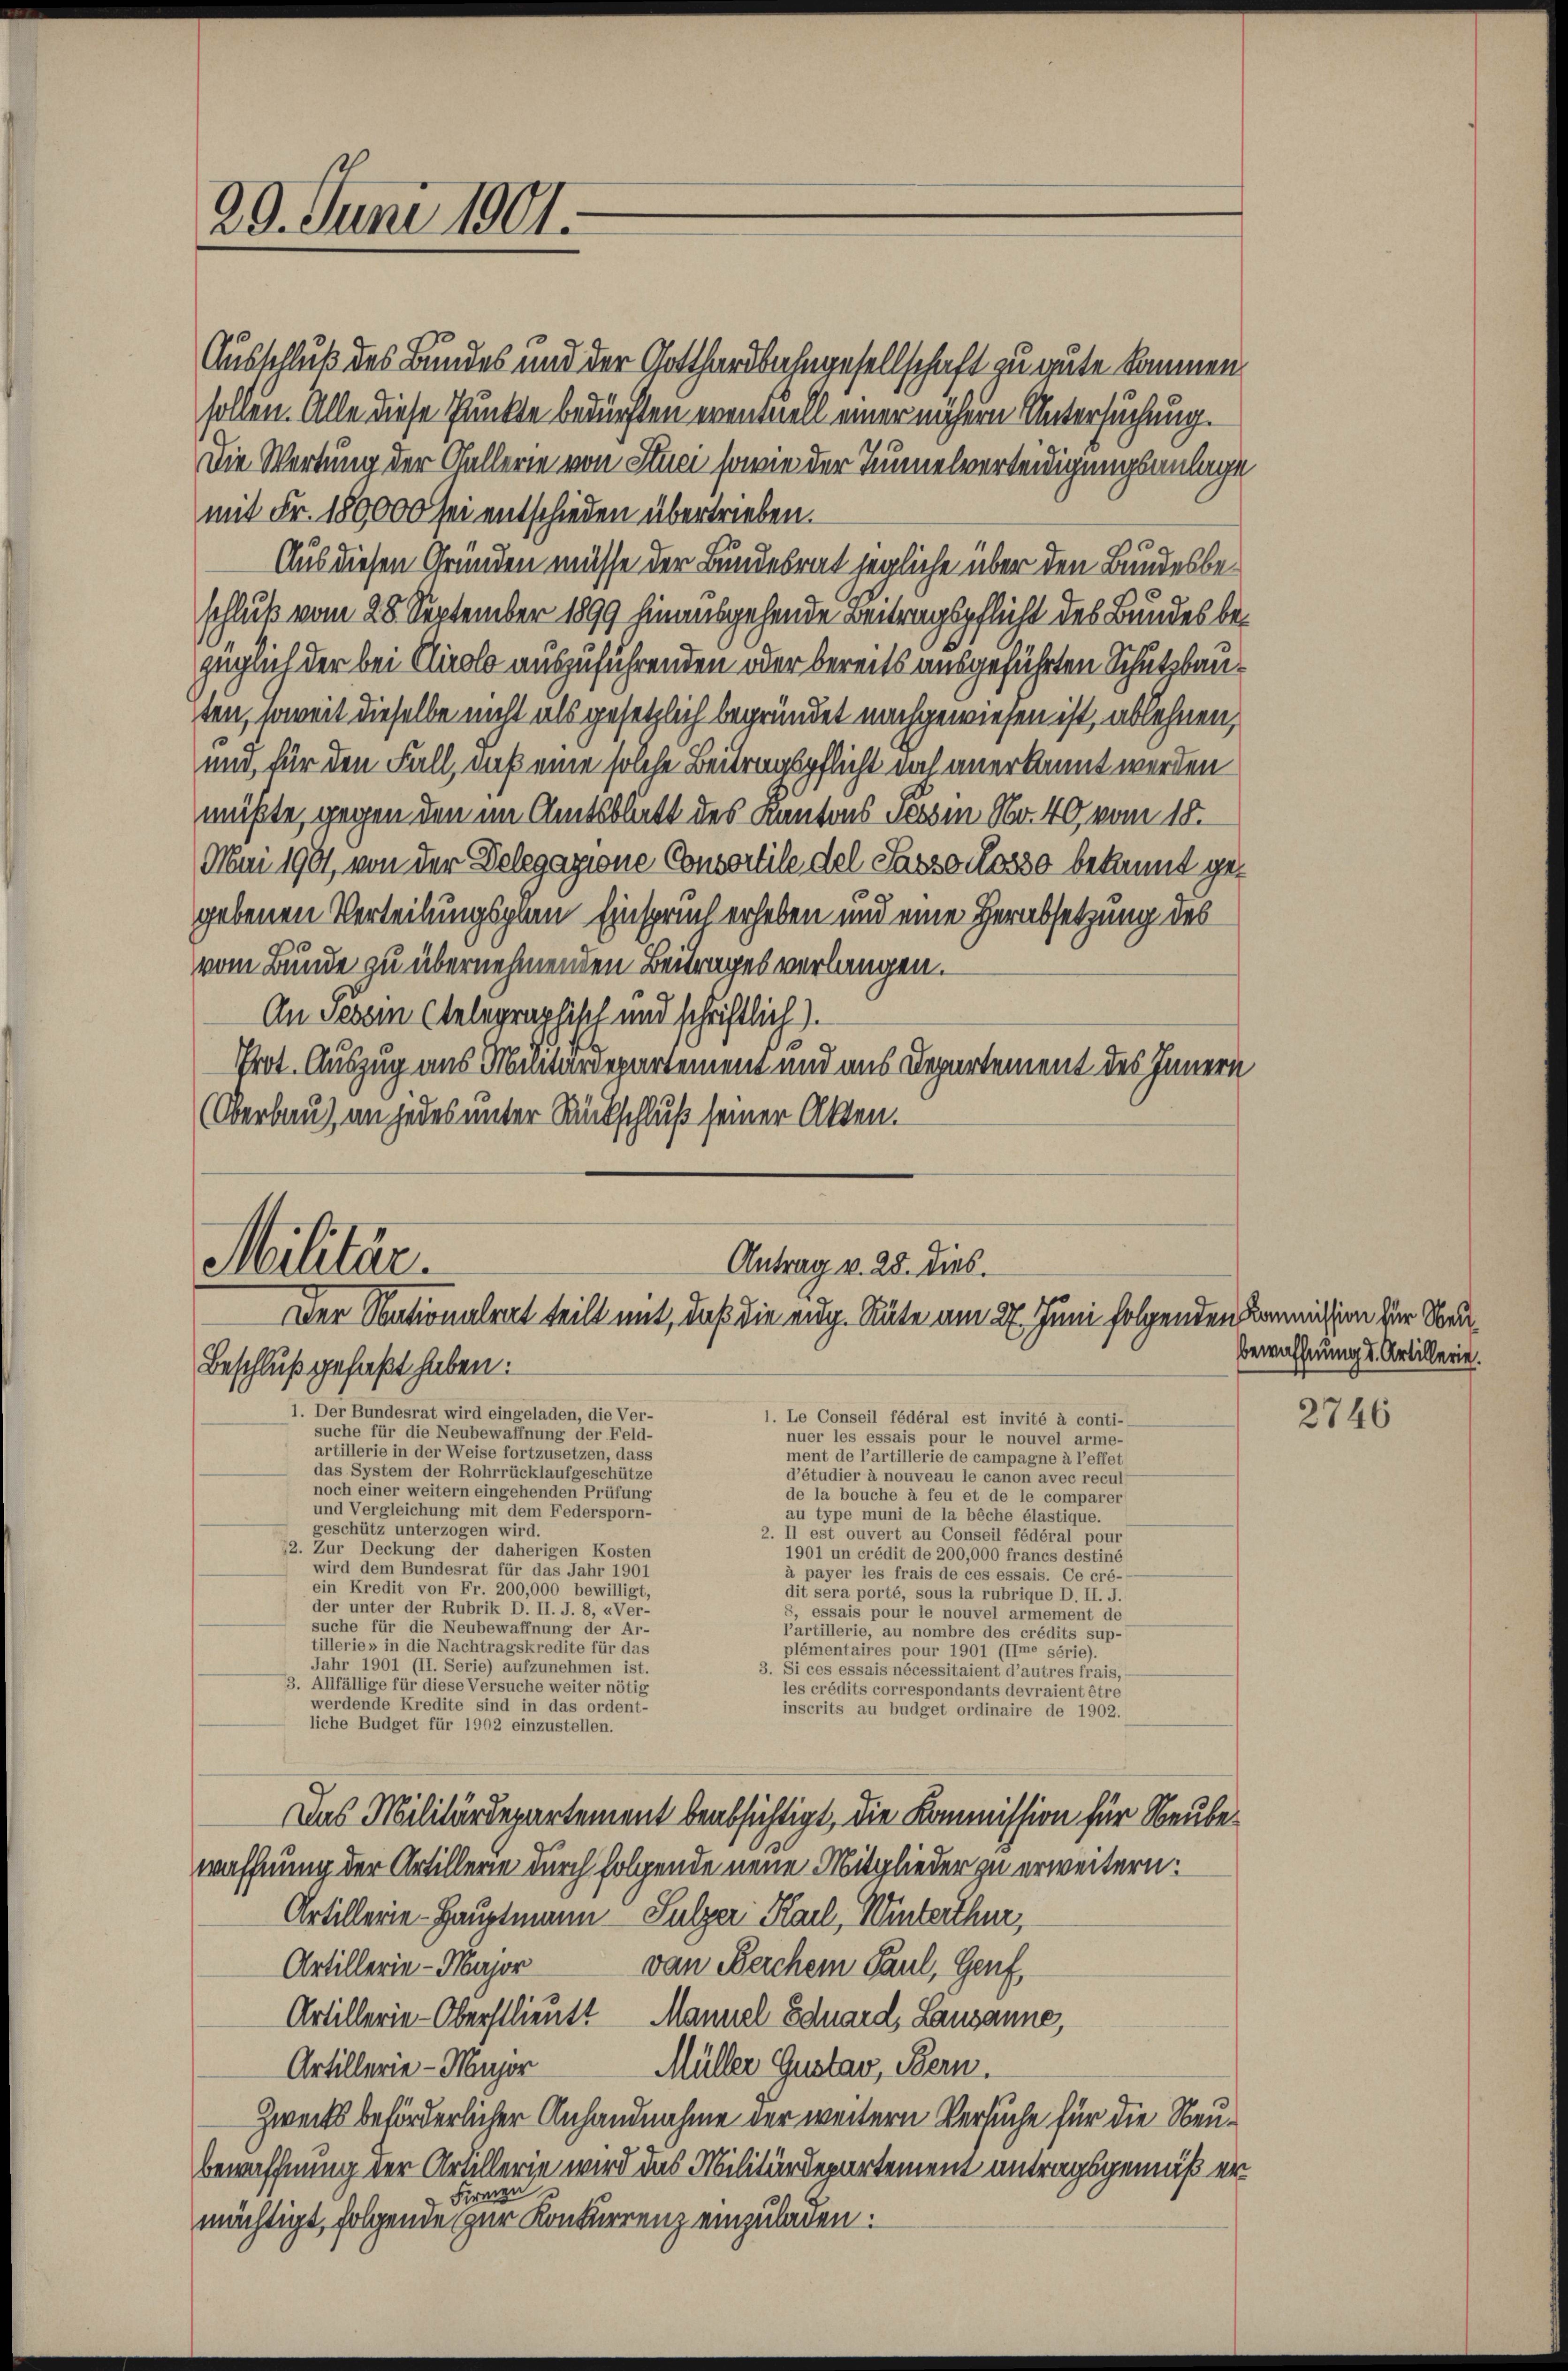
29. Juni 1901.

Ausschluß des Bundes und der Gotthardbahngesellschaft zu gute kommen
sollen. Alle diese Punkte bedürften eventuell einer nähern Untersuchung.
Die Wertung der Gallerie von Stuci sowie der Tunnelverteidigungsanlage
mit Fr. 180000 sei entschieden übertrieben.
Aus diesen Gründen müsse der Bundesrat jegliche über den Bundesbeschluß vom 28. September 1899 hinausgehende Beitragspflicht des Bundes bezüglich der bei Clirolo auszuführenden oder bereits ausgeführten Schutzbauten, soweit dieselbe nicht als gesetzlich begründet nachgewiesen ist, ablehnen,
und, für den Fall, daß eine solche Beitragspflicht doch anerkannt werden
müßte, gegen den im Amtsblatt des Kantons Tessin Nr. 40 vom 18.
Mai 1901, von der Delegazione Consortile del Sasso cosso bekannt gegebenen Verteilungsplan Einspruch erheben und eine Herabsetzung des
vom Bunde zu übernehmenden Beitrages verlangen.
An Tessin (telegraphisch und schriftlich).
Prot. Auszug aus Militärdepartement und aus Departement des Innern
(Oberbau), an jedes unter Rückschluß seiner Akten.

Militär.
Antrag v. 28. dies
Der Stationalrat teilt mit, daß die eidg. Räte am 27. Juni folgenden Kommission zur Nord¬
Beschluß gefaßt haben.
1. Der Bundesrat wird eingeladen, die Ver-
1. Le Conseil fédéral est invité à conti-
suche für die Neubewaffnung der Feld-
nuer les essais pour le nouvel arme-
artillerie in der Weise fortzusetzen, dass

ment de l’artillerie de campagne à l’effet
das System der Rohrrücklaufgeschütze
d’étudier à nouveau le canon avec recul
noch einer weitern eingehenden Prüfung
de la bouche à feu et de le comparer
und Vergleichung mit dem Federsporn-
au type muni de la bêche élastique.
geschütz unterzogen wird.
2. Il est ouvert au Conseil fédéral pour
12. Zur Deckung der daherigen Kosten
1901 un credit de 200,000 francs destiné
wird dem Bundesrat für das Jahr 1901
à payer les frais de ces essais. Gener
ein Kredit von Fr. 260,000 bewilligt,
dit sera porté, sous la rubrique D. II. J.
der unter der Rubrik D. II. J. 8, «Ver-
 rais pour le nouvel armement de
suche für die Neubewaffnung der Ar-
P’artillerie, au nombre des crédits sup-
tillerie, in die Nachtragskredite für das
plémentaires pour 1901 (IIme série).
Jahr 1901 (11. Serie) aufzunehmen ist.
3. Si ces essais nécessitaient d’autres frais,
3. Allfällige für diese Versuche weiter nötig
les crédits correspondants devraient être
werdende Kredite sind in das ordent-
inscrits au budget ordinaire de 1902.
liche Budget für 1902 einzustellen.
Das Militärdepartement beabsichtigt, die Kommission für Neubewaffnung der Artillerie durch folgende neue Mitglieder zu erweitern:
Artillerie-Hauptmann Sulzer Karl, Winterthur,
Artillerie-Major
van Beichem Paul, Genf,
Artillerie-Oberstlieutt Mannel Eduard, Lausanne,
Artillerie-Major
Müller Gustav, Bern.
Zwecks beförderlicher Anhandnahme der weitern Versuche für die Neu¬
Bewaffnung der Artillerie wird das Militärdepartement antragsgemäß er
Franzu
mächtigt, folgende zur Konkurrenz einzuladen:

Bewaffnung d. Artillerie.

2746